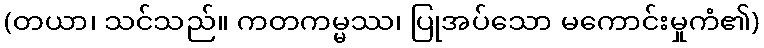
(တယာ၊ သင်သည်။ ကတကမ္မဿ၊ ပြုအပ်သော မကောင်းမှုကံ၏)